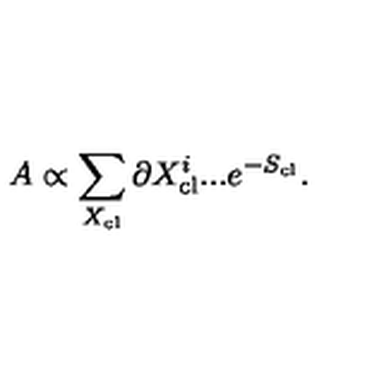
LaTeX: A \propto \sum _ { X _ { \mathrm { c l } } } \partial X _ { \mathrm { c l } } ^ { i } . . . e ^ { - S _ { \mathrm { c l } } } .